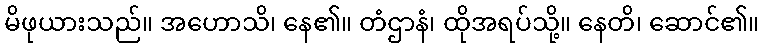
မိဖုယားသည်။ အဟောသိ၊ နေ၏။ တံဌာနံ၊ ထိုအရပ်သို့။ နေတိ၊ ဆောင်၏။